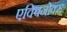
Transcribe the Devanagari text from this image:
एक्विनोक्स